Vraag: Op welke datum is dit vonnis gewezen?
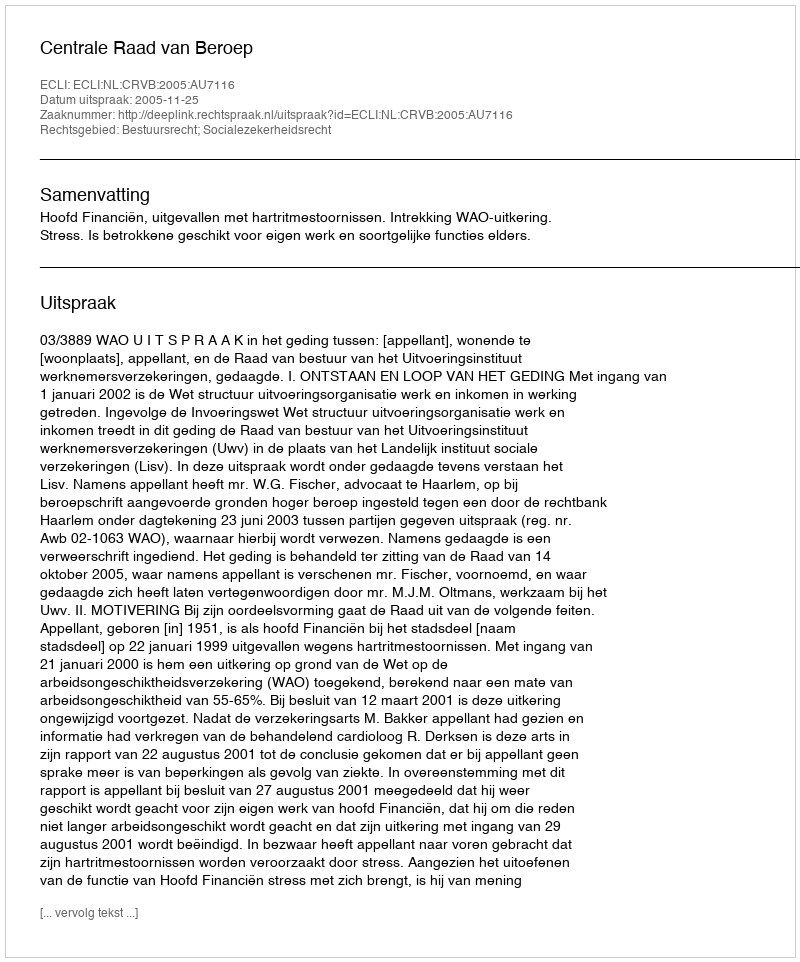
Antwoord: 2005-11-25